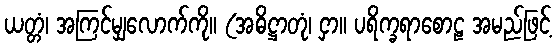
ယတ္တံ၊ အကြင်မျှလောက်ကို။ (အဓိဋ္ဌာတုံ၊ ငှာ။ ပရိက္ခရာစောဠ အမည်ဖြင့်